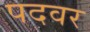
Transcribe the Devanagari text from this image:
पदवर